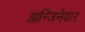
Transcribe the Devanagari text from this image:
आन्जिनेयार